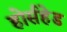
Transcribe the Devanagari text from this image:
होर्सहेड